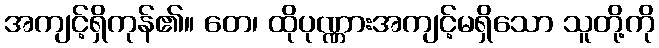
အကျင့်ရှိကုန်၏။ တေ၊ ထိုပုဏ္ဏားအကျင့်မရှိသော သူတို့ကို